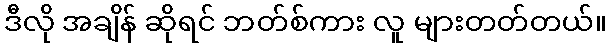
ဒီလို အချိန် ဆိုရင် ဘတ်စ်ကား လူ များတတ်တယ်။